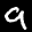
Label: 9